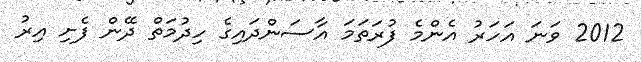
2012 ވަނަ އަހަރު އެންމެ ފުރަތަމަ އާސަންދައިގެ ހިދުމަތް ދޭން ފެށި އިރު